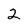
Character: 2